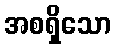
အစရှိသော